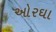
ઓરઘા